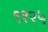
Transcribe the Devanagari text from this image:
९१२५